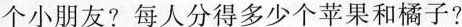
小朋友?每人分得多少个苹果和橘子?